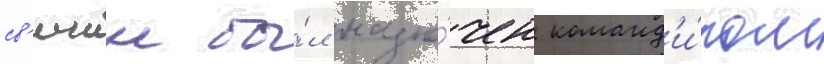
св'ечин бы́л назна́чен команд'и́ром